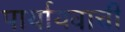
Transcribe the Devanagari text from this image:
पार्यायवाची